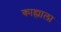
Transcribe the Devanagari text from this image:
काह्याला